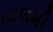
તાલમી